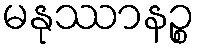
မနုဿာနဉ္စ